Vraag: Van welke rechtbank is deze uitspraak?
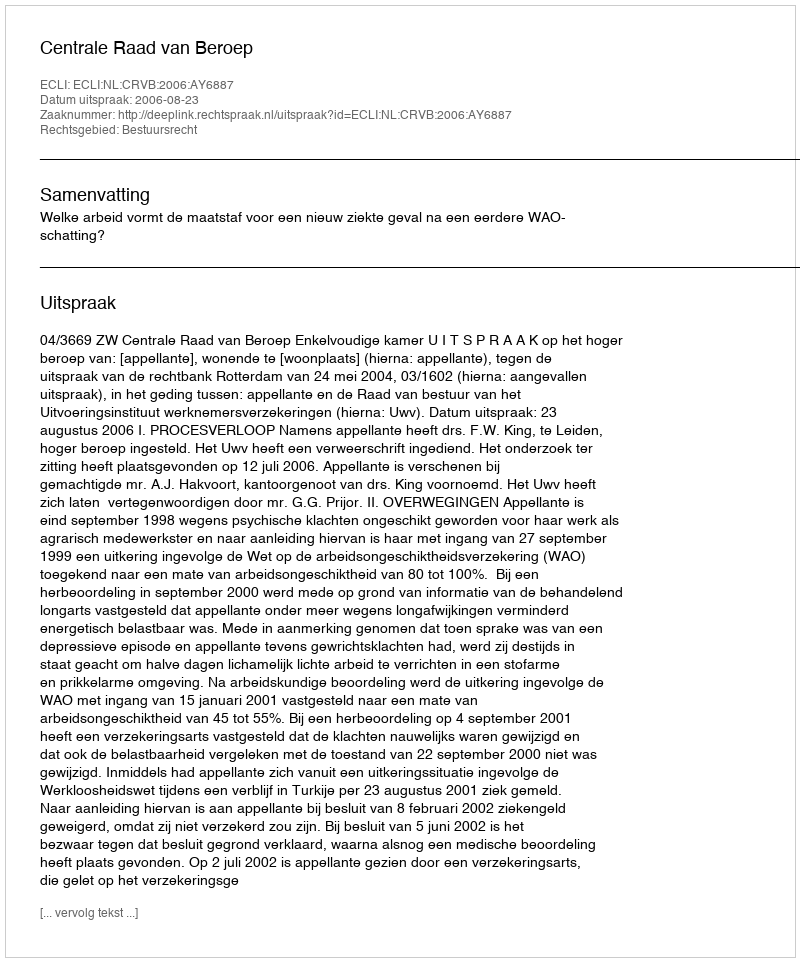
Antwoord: Centrale Raad van Beroep